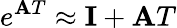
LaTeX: e^{\mathbf{A}T}\approx\mathbf{I}+\mathbf{A}T